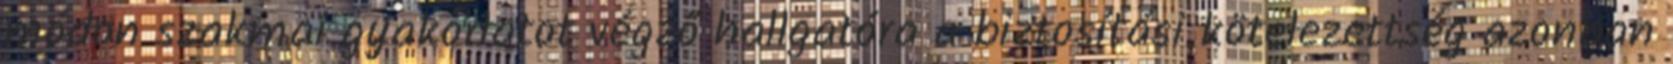
módon szakmai gyakorlatot végző hallgatóra a biztosítási kötelezettség azonban